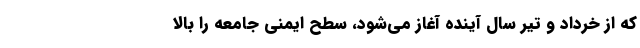
که از خرداد و تیر سال آینده آغاز می‌شود، سطح ایمنی جامعه را بالا